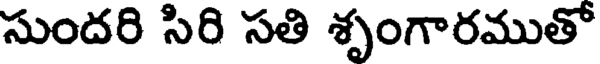
సుందరి సిరి సతి శృంగారముతో